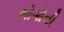
ભોગોની